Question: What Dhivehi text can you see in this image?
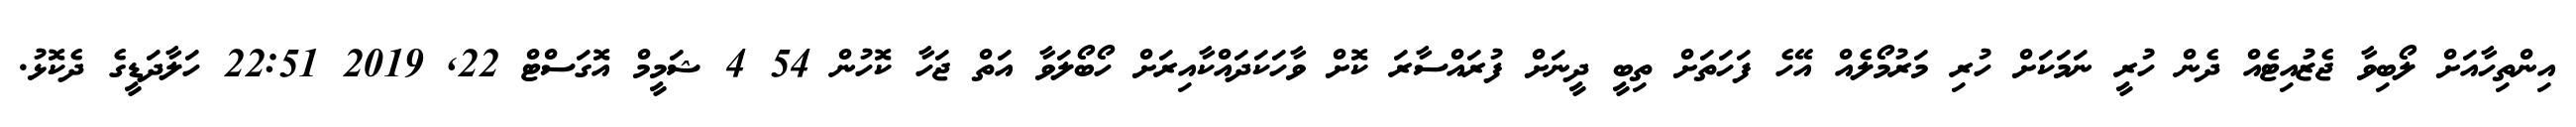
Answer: އިންތިހާއަށް ލޯބިވާ ޖެޒުއިޓެއް ދެން ހުރީ ނަމަކަށް ހުރި މަރުމޯލެއް އޭހެ ފަހަތަށް ތިބީ ދީނަށް ފުރައްސާރަ ކޮށް ވާހަކަދައްކާއިރަށް ހޯބޯލަވާ އަތް ޖަހާ ކޮހުން 54 4 ޝަމީމް އޮގަސްޓް 22, 2019 22:51 ހަލާދަޑީގެ ދެކޮޅު.